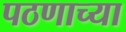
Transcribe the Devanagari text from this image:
पठणाच्या